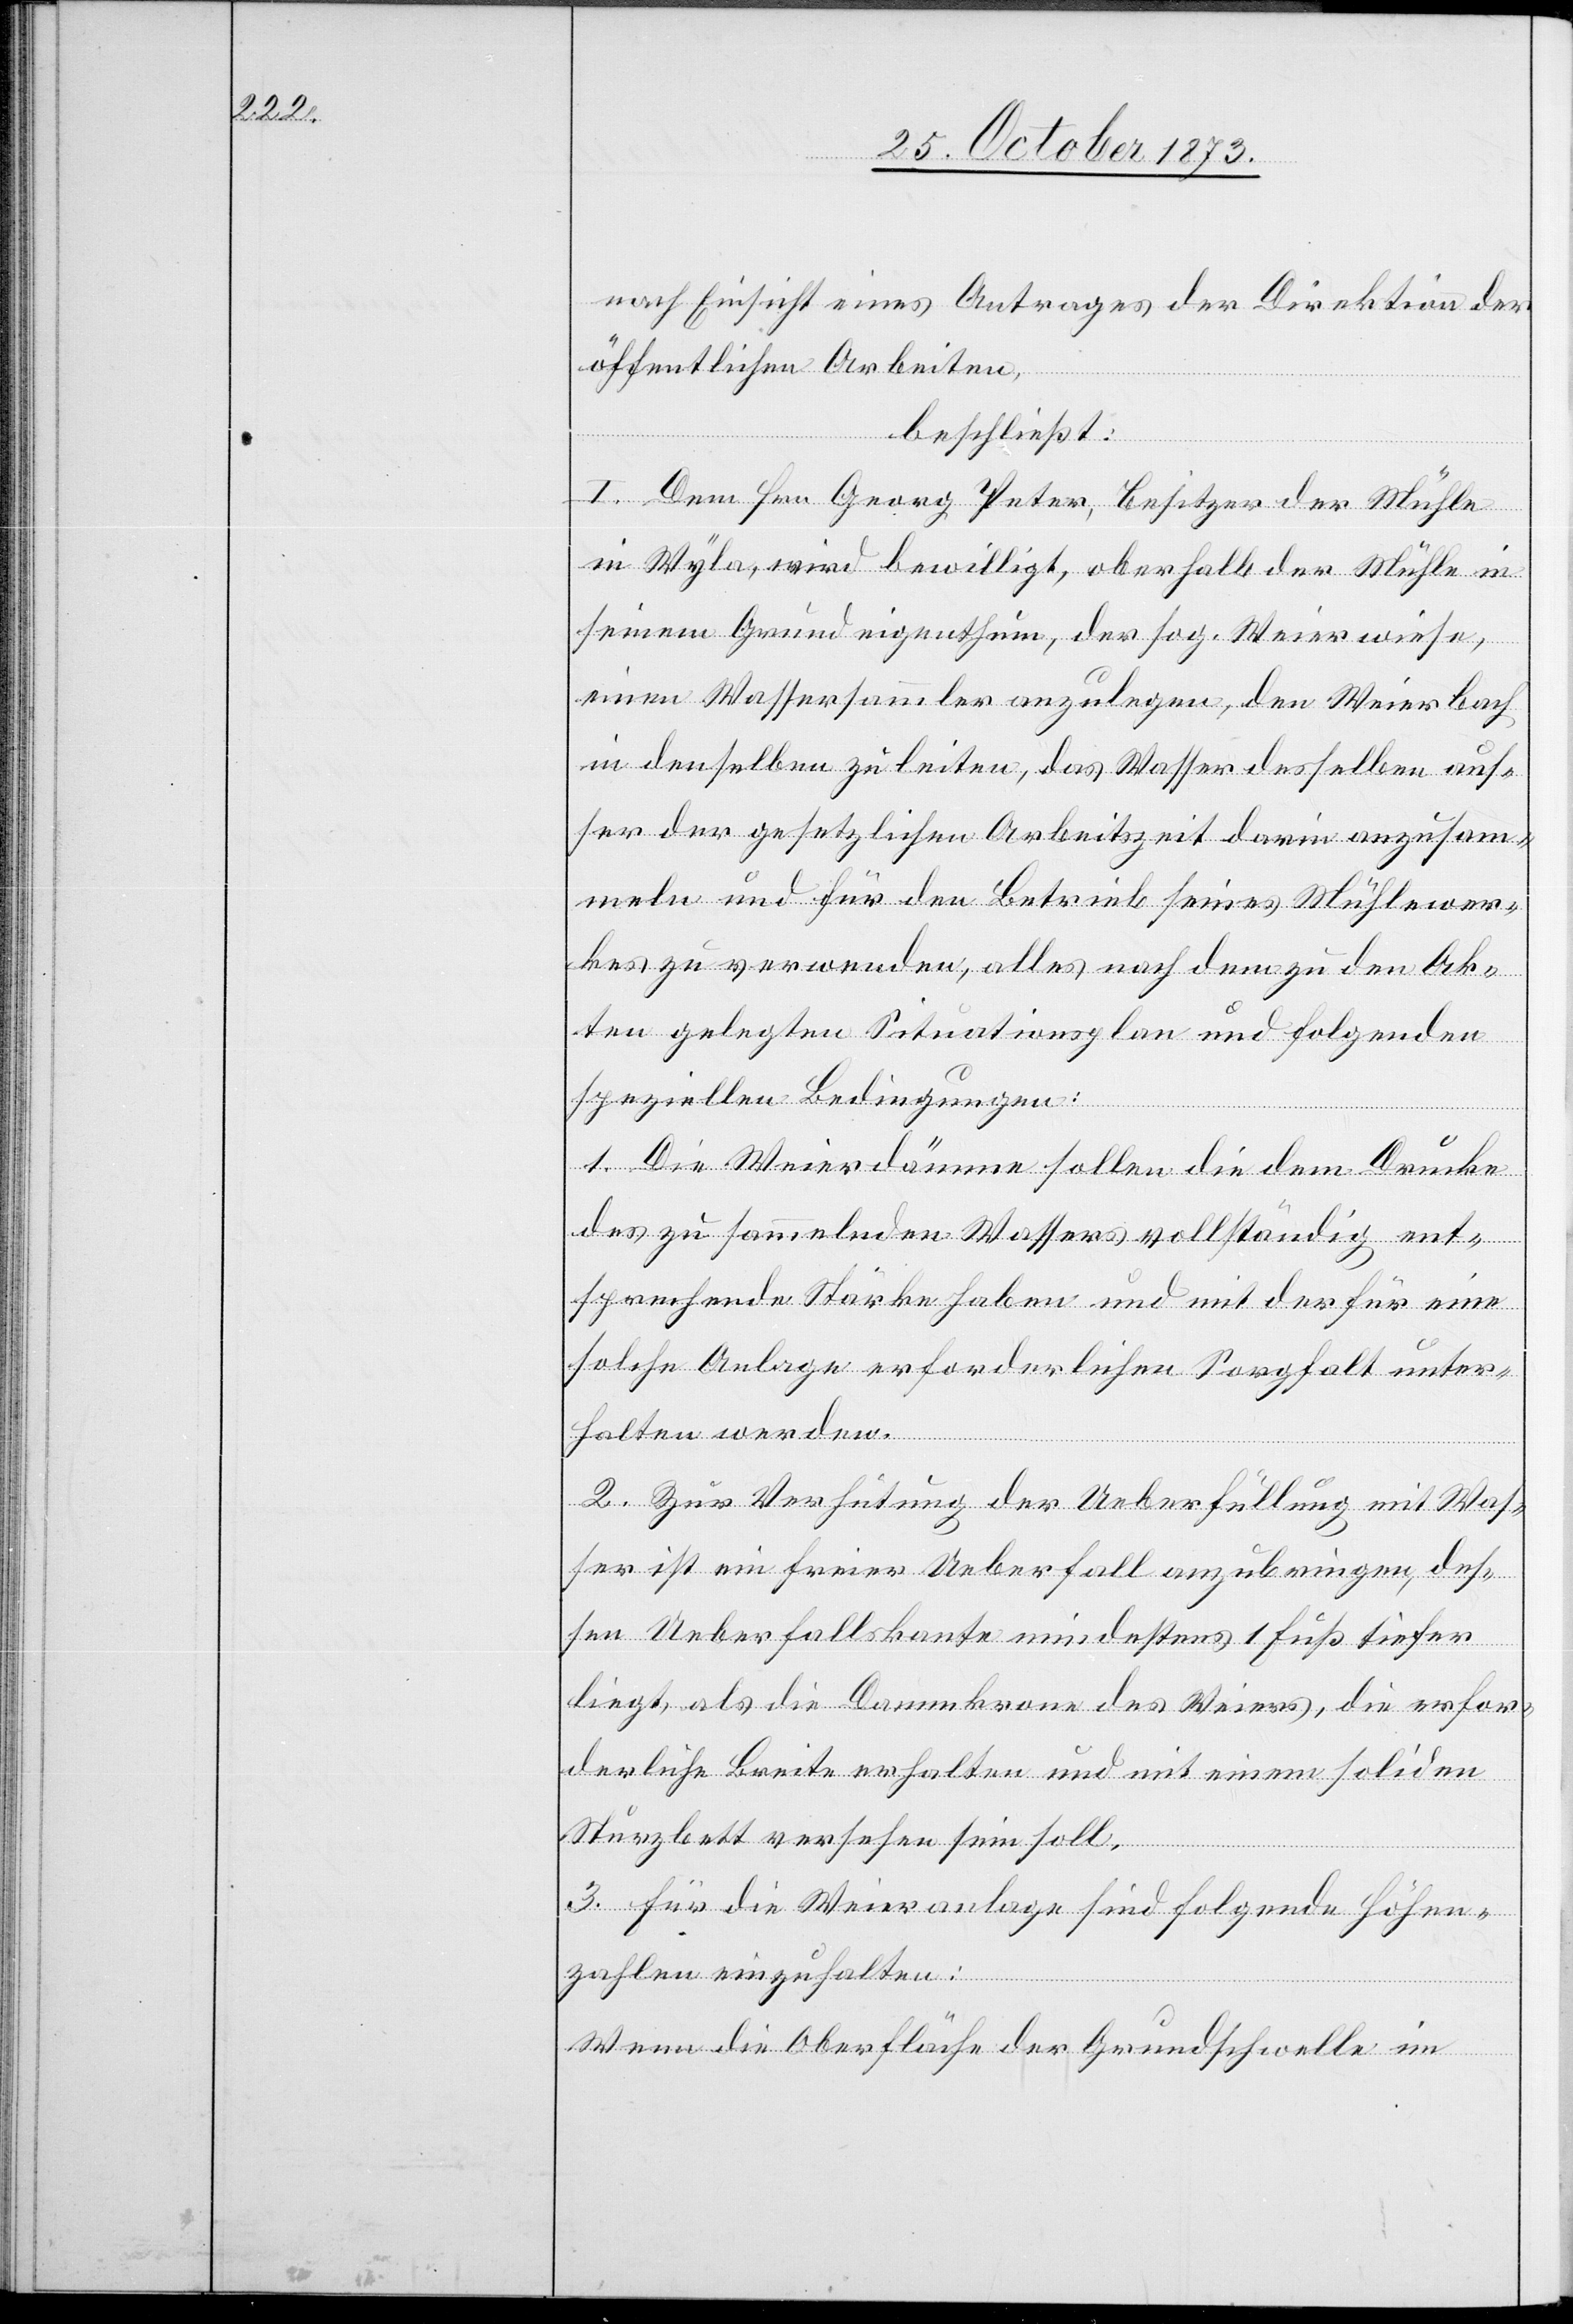
nach Einsicht eines Antrages der Direktion der
öffentlichen Arbeiten,
beschließt:
I. Dem Hrn. Georg Peter, Besitzer der Mühle
in Wyla, wird bewilligt, oberhalb der Mühle in
seinem Grundeigenthum, der sog. Weierwiese,
einen Wassersammler anzulegen, den Weierbach
in denselben zu leiten, das Wasser desselben aus¬
ser der gesetzlichen Arbeitszeit darin anzusam¬
meln und für den Betrieb seines Mühlewer¬
kes zu verwenden, alles nach dem zu den Ak¬
ten gelegten Situationsplan und folgenden
speziellen Bedingungen:
1. Die Weierdämme sollen die dem Drucke
des zu sammelnden Wassers vollständig ent¬
sprechende Stärke haben und mit der für eine
solche Anlage erforderlichen Sorgfalt unter¬
halten werden.
2. Zur Verhütung der Ueberfüllung mit Was¬
ser ist ein freier Ueberfall anzubringen, des¬
sen Ueberfallskante mindestens 1 Fuß tiefer
liegt, als die Dammkrone des Weiers, die erfor¬
derliche Breite erhalten und mit einem soliden
Sturzbett versehen sein soll.
3. Für die Weieranlage sind folgende Höhen¬
zahlen einzuhalten:
Wenn die Oberfläche der Grundschwelle im